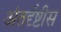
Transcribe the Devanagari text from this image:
अंतर्दृष्टीस